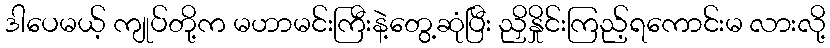
ဒါပေမယ့် ကျုပ်တို့က မဟာမင်းကြီးနဲ့တွေ့ဆုံပြီး ညှိနှိုင်းကြည့်ရကောင်းမ လားလို့